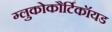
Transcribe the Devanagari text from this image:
ग्लुकोकौर्टिकॉयड